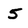
Character: 5